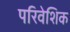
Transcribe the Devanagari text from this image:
परिवेशिक